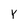
Character: Y